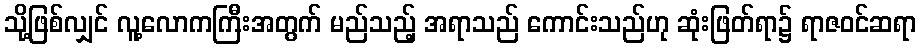
သို့ဖြစ်လျှင် လူ့လောကကြီးအတွက် မည်သည့် အရာသည် ကောင်းသည်ဟု ဆုံးဖြတ်ရာ၌ ရာဇဝင်ဆရာ